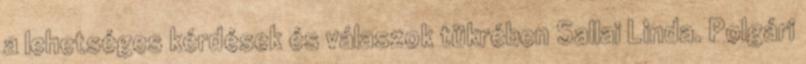
a lehetséges kérdések és válaszok tükrében Sallai Linda. Polgári